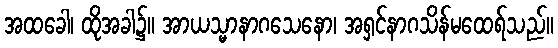
အထခေါ၊ ထိုအခါ၌။ အာယသ္မာနာဂသေနော၊ အရှင်နာဂသိန်မထေရ်သည်။